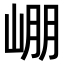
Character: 𡹔